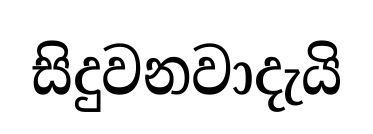
සිදුවනවාදැයි